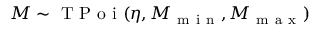
M \sim \mathrm { ~ T ~ P ~ o ~ i ~ } ( \eta , M _ { \mathrm { ~ m ~ i ~ n ~ } } , M _ { \mathrm { ~ m ~ a ~ x ~ } } )